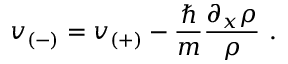
v _ { ( - ) } = v _ { ( + ) } - \frac { \hbar } { m } \frac { \partial _ { x } \rho } { \rho } \, \, .